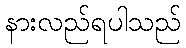
နားလည်ရပါသည်